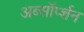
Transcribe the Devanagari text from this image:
अब्सॉर्प्शन